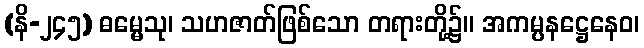
(နိ-၂၄၅) ဓမ္မေသု၊ သဟဇာတ်ဖြစ်သော တရားတို့၌။ အကမ္ပနဋ္ဌေနေဝ၊